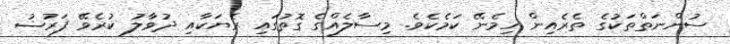
ސުންނަތްތަކުގެ ތެރެއިން ހިމެނޭ ކަމެކެވެ. މިސާލެއްގެ ގޮތުގައި ރެޔަކާއި ދުވާލު ކުރެވޭ ފަރުޟު